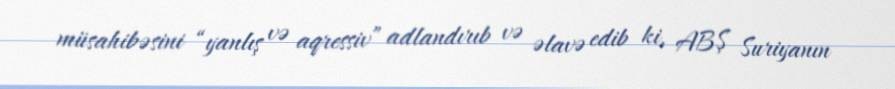
müsahibəsini “yanlış və aqressiv” adlandırıb və əlavə edib ki, ABŞ Suriyanın